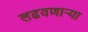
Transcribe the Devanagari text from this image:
लढवणाऱ्या